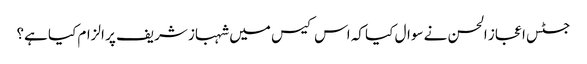
جسٹس اعجاز الحسن نے سوال کیا کہ اس کیس میں شہباز شریف پر الزام کیا ہے؟